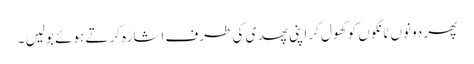
پھر دونوں ٹانگوں کو کھول کر اپنی پھدی کی طرف اشارہ کرتے ہوئے بولیں ۔